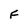
Character: F